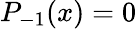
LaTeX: P_{-1}(x)=0